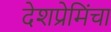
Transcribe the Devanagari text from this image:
देशप्रेमिंचा